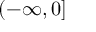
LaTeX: ( - \infty , 0 ]